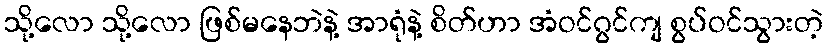
သို့လော သို့လော ဖြစ်မနေဘဲနဲ့ အာရုံနဲ့ စိတ်ဟာ အံဝင်ဂွင်ကျ စွပ်ဝင်သွားတဲ့